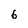
Character: 6